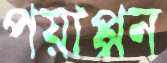
পয়াপ্পন